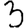
Digit: 3